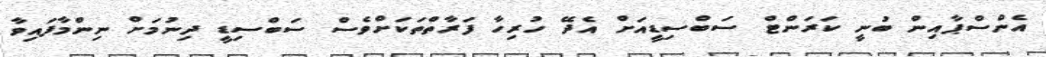
އެންސްޕާއިން ބުނީ ކަރަންޓް ސަބްސިޑީއަށް އެދޭ ހުރިހާ ފަރާތްތަކަށްވެސް ސަބްސިޑީ ދިނުމަށް ނިންމާފައިވާ